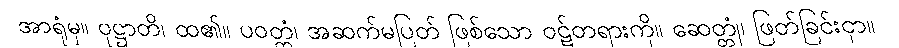
အာရုံမှ။ ဝုဋ္ဌာတိ၊ ထ၏။ ပဝတ္တံ၊ အဆက်မပြတ် ဖြစ်သော ဝဋ်တရားကို။ ဆေတ္တုံ၊ ဖြတ်ခြင်းငှာ။